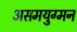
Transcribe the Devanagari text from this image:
असमयुग्मन